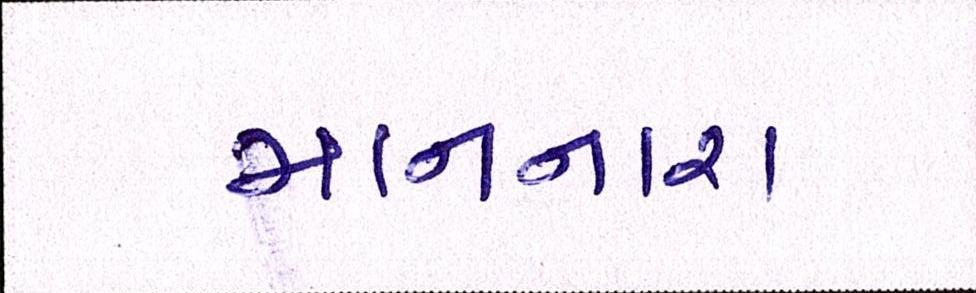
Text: માનનારા